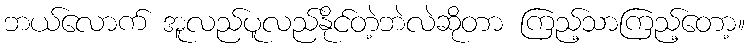
ဘယ်လောက် အူလည်ပူလည်နိုင်တဲ့ဘဲလဲဆိုတာ ကြည့်သာကြည့်တော့။